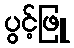
ပွင့်ဖြူ